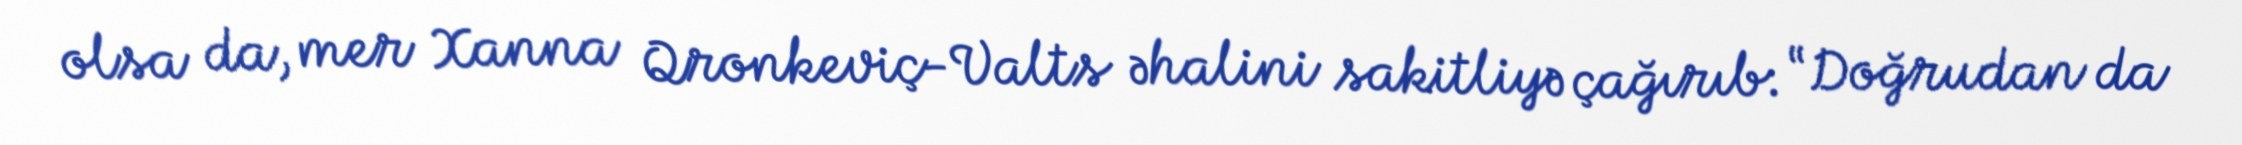
olsa da, mer Xanna Qronkeviç-Valts əhalini sakitliyə çağırıb: “Doğrudan da